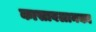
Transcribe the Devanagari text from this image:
कासाबलानका